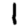
Digit: 1